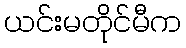
ယင်းမတိုင်မီက